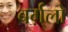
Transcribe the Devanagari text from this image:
बर्ग़्लो